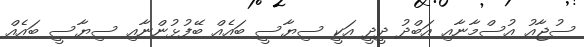
ސުޖާއު އުސްމާނާއި އަބްދު ދީދީ އަކީ ސިޔާސީ ބައެއް ބޭފުޅުންނާއި ސިޔާސީ ބައެއް